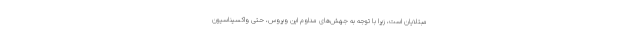
مبتلایان است، زیرا با توجه به جهش‌های مداوم این ویروس، حتی واکسیناسیون